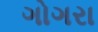
ગોગરા